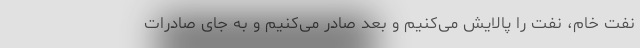
نفت خام، نفت را پالایش می‌کنیم و بعد صادر می‌کنیم و به جای صادرات